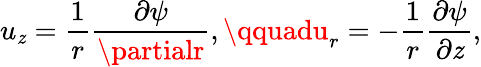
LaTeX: u_{\mathit{z}}={\frac{{1}}{{r}}}{\frac{{\partial\psi}}{{\partialr}}},\qquadu_{r}=-{\frac{{1}}{{r}}}{\frac{{\partial\psi}}{{\partial\mathit{z}}}},